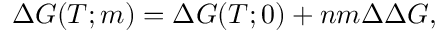
\Delta G ( T ; m ) = \Delta G ( T ; 0 ) + n m \Delta \Delta G ,